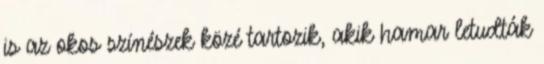
is az okos színészek közé tartozik, akik hamar letudták